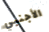
الأجنبي